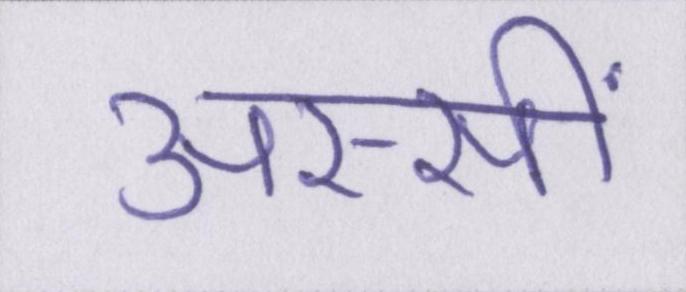
अस्सीं